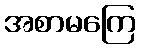
အစာမကြေ